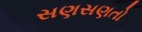
સણસણતો